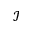
\mathscr { I }